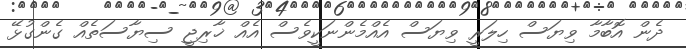
ދެން އޮބާމާ ވިޔަސް ހިލަރީ ވިޔަސް އެއްމެންނަކީވެސް އެއް ޚާރިޖީ ސިޔާސަތެއް ގެންގުޅޭ